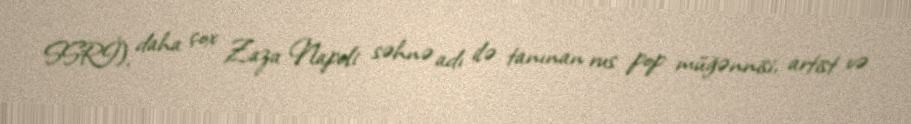
SSRİ), daha çox Zaza Napoli səhnə adı ilə tanınan rus pop müğənnisi, artist və